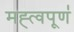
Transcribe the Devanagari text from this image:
मह्त्वपूण॑